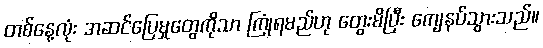
တစ်နေ့လုံး အဆင်ပြေမှုတွေကိုသာ ကြုံရမည်ဟု တွေးမိပြီး ကျေနပ်သွားသည်။